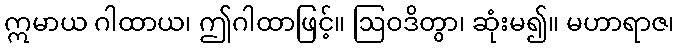
ဣမာယ ဂါထာယ၊ ဤဂါထာဖြင့်။ ဩဝဒိတွာ၊ ဆုံးမ၍။ မဟာရာဇ၊